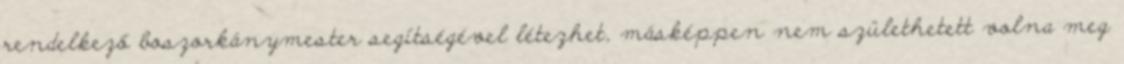
rendelkező boszorkánymester segítségével létezhet, másképpen nem születhetett volna meg